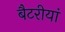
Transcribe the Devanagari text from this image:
बैटरीयां